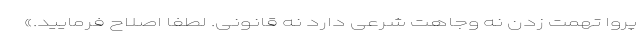
پروا تهمت زدن نه وجاهت شرعی دارد نه قانونی. لطفاً اصلاح فرمایید.»